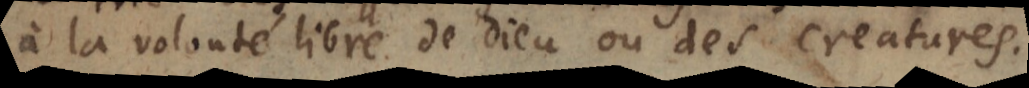
à la volonté libre de Dieu ou des creatures.